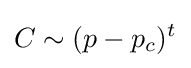
C\sim (p-p_{c})^{t}\,\!